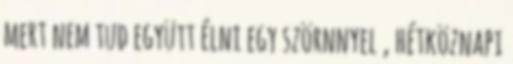
mert nem tud együtt élni egy szörnnyel , hétköznapi